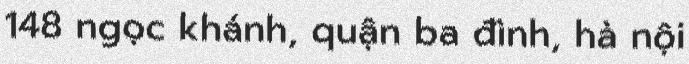
148 ngọc khánh, quận ba đình, hà nội